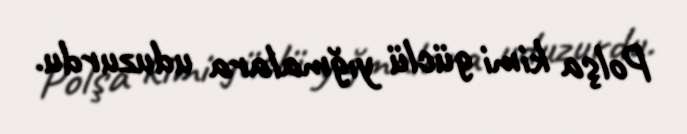
Polşa kimi güclü yığmalara uduzurdu.